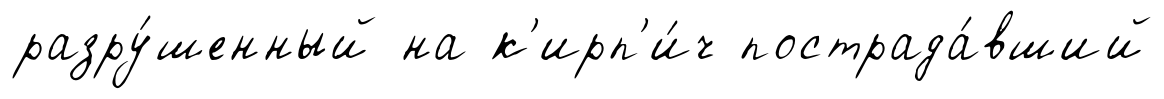
разру́шенный на к'ирп'и́ч пострада́вший